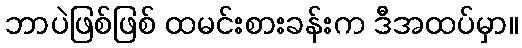
ဘာပဲဖြစ်ဖြစ် ထမင်းစားခန်းက ဒီအထပ်မှာ။